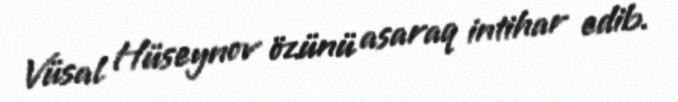
Vüsal Hüseynov özünü asaraq intihar edib.